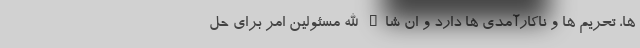
ها، تحریم ها و ناکارآمدی ها دارد و ان شاء الله مسئولین امر برای حل